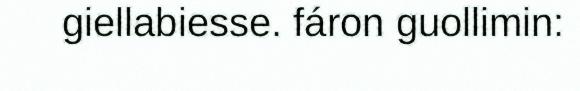
giellabiesse. fáron guollimin: